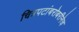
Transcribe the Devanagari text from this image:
चित्रपटांबरोबरीनेच